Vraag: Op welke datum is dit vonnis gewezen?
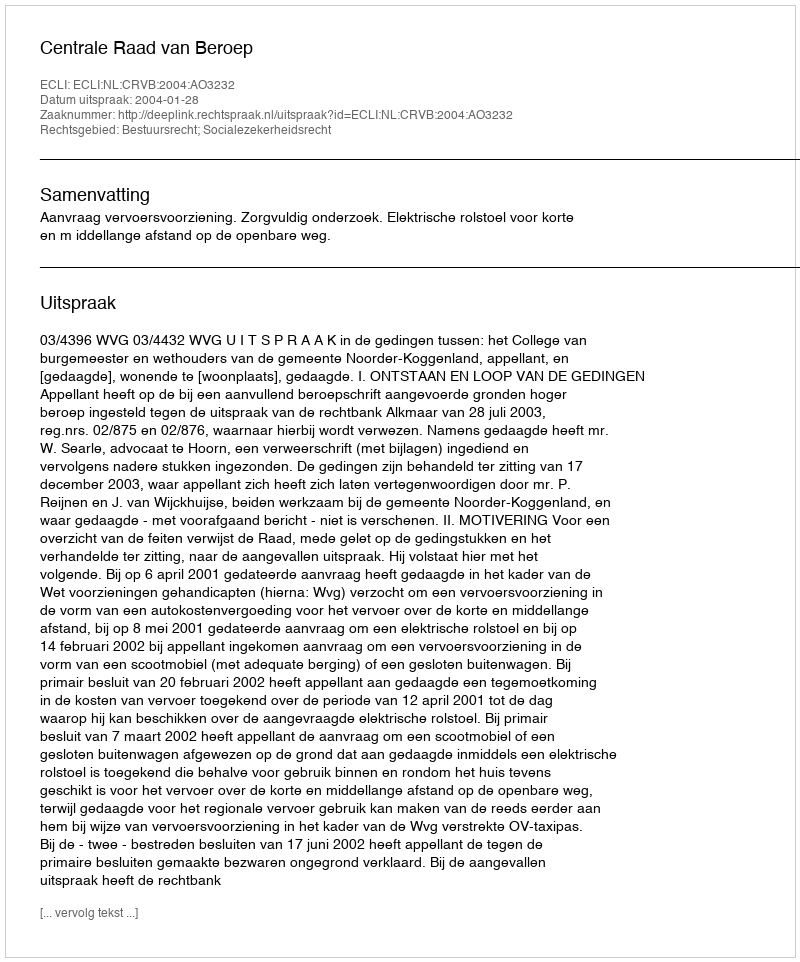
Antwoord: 2004-01-28